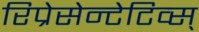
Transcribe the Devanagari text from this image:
रिप्रेसेन्टेटिव्स्